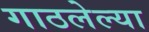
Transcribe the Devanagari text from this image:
गाठलेल्या